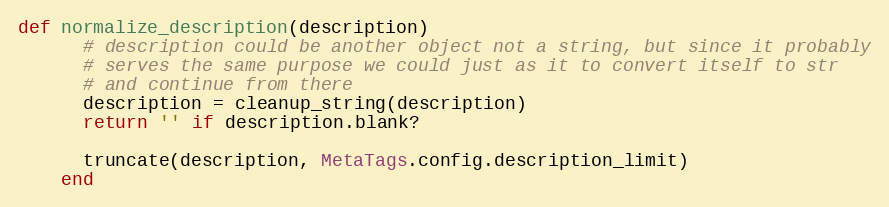
Language: Ruby
def normalize_description(description)
      # description could be another object not a string, but since it probably
      # serves the same purpose we could just as it to convert itself to str
      # and continue from there
      description = cleanup_string(description)
      return '' if description.blank?

      truncate(description, MetaTags.config.description_limit)
    end